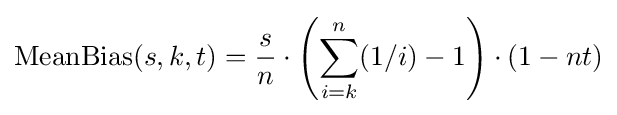
{\text{MeanBias}}(s,k,t)={\frac {s}{n}}\cdot \left(\sum _{i=k}^{n}(1/i)-1\right)\cdot (1-nt)